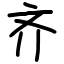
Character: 齐